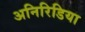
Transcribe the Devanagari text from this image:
अनिरिडिया